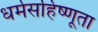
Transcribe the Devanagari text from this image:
धर्मसहिष्णूता